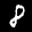
Label: 8